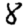
Digit: 8